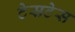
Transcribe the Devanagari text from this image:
टेसटेस